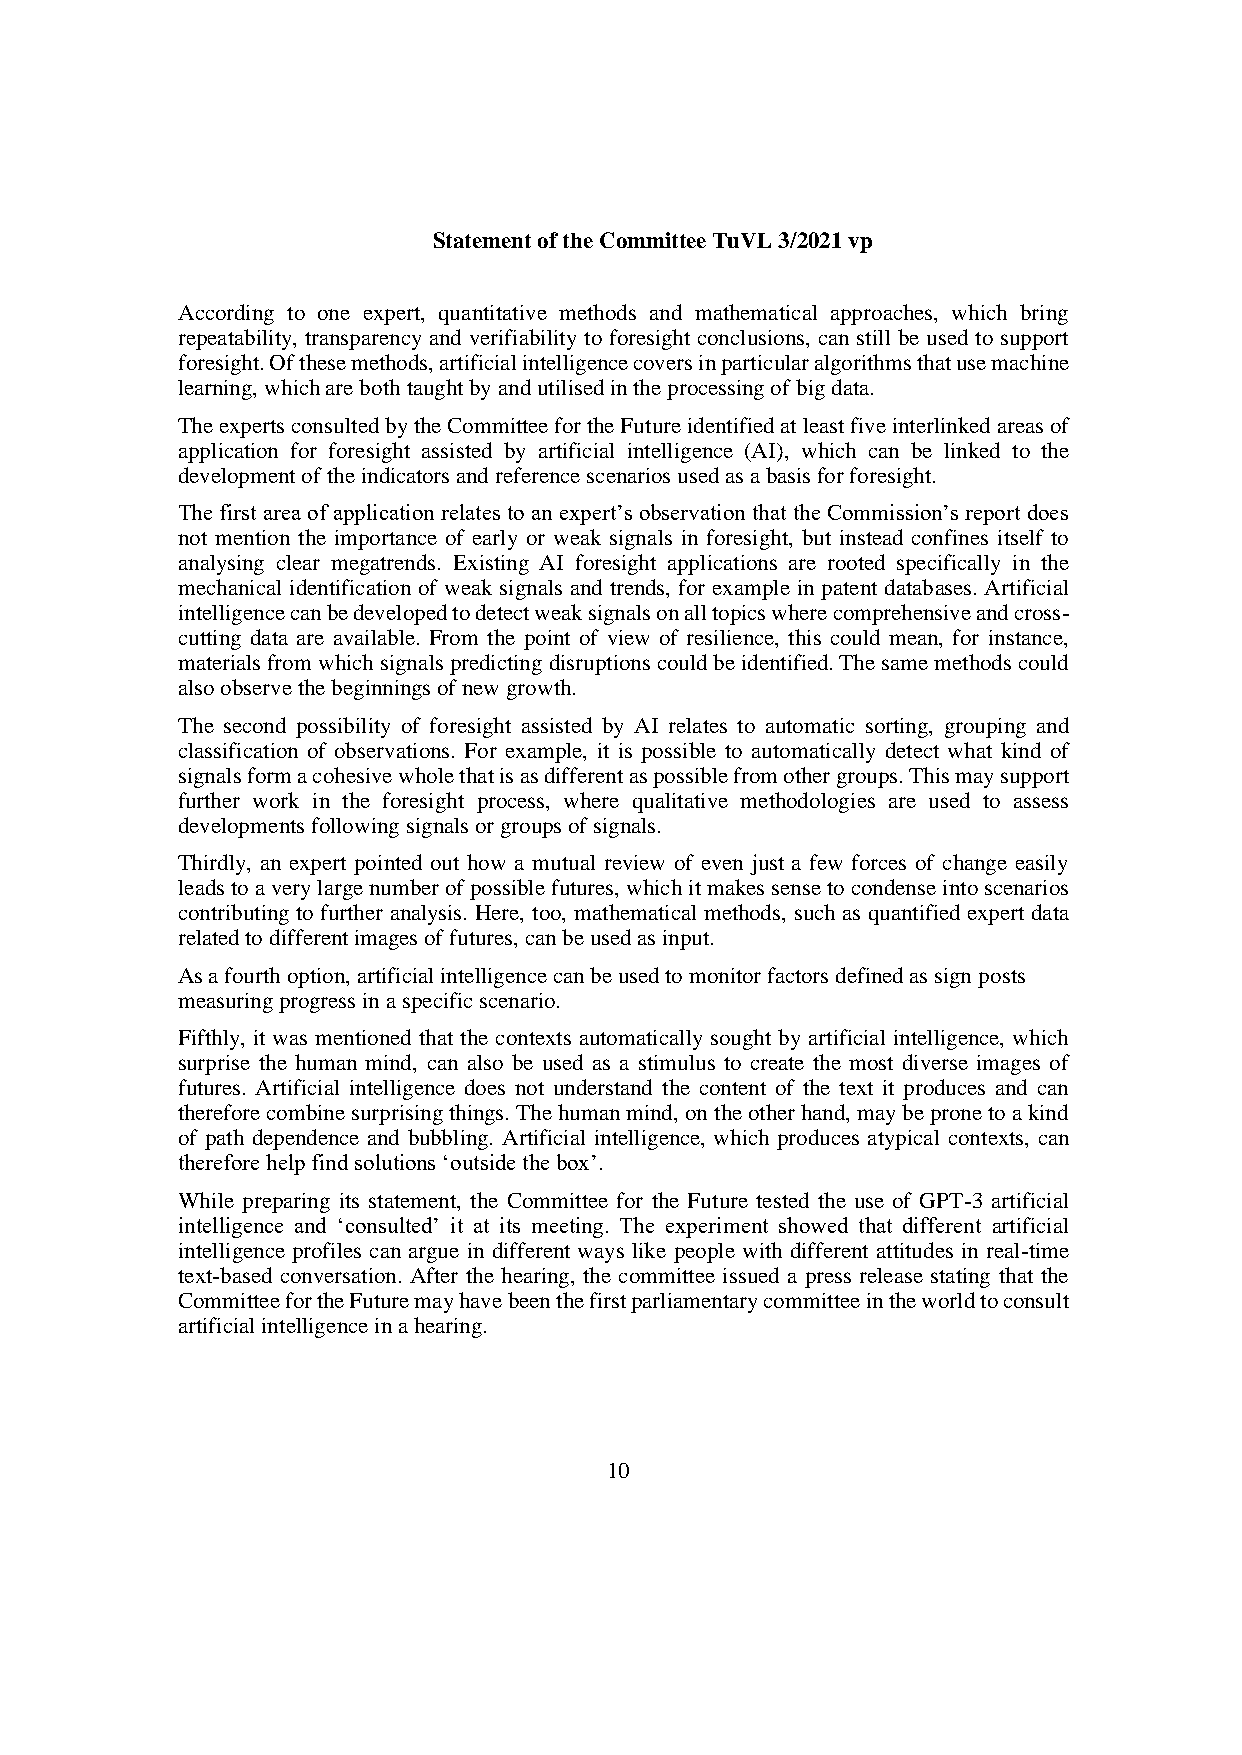
Statement of the Committee TuVL 3/2021 vp
 According to one expert, quantitative methods and mathematical approaches, which bring
 repeatability, transparency and verifiability to foresight conclusions, can still be used to support
 foresight. Of these methods, artificial intelligence covers in particular algorithms that use machine
 learning, which are both taught by and utilised in the processing of big data.
 The experts consulted by the Committee for the Future identified at least five interlinked areas of
 application for foresight assisted by artificial intelligence (AI), which can be linked to the
 development of the indicators and reference scenarios used as a basis for foresight.
 The first area of application relates to an expert’s observation that the Commission’s report does
 not mention the importance of early or weak signals in foresight, but instead confines itself to
 analysing clear megatrends. Existing AI foresight applications are rooted specifically in the
 mechanical identification of weak signals and trends, for example in patent databases. Artificial
 intelligence can be developed to detect weak signals on all topics where comprehensive and cross-
 cutting data are available. From the point of view of resilience, this could mean, for instance,
 materials from which signals predicting disruptions could be identified. The same methods could
 also observe the beginnings of new growth.
 The second possibility of foresight assisted by AI relates to automatic sorting, grouping and
 classification of observations. For example, it is possible to automatically detect what kind of
 signals form a cohesive whole that is as different as possible from other groups. This may support
 further work in the foresight process, where qualitative methodologies are used to assess
 developments following signals or groups of signals.
 Thirdly, an expert pointed out how a mutual review of even just a few forces of change easily
 leads to a very large number of possible futures, which it makes sense to condense into scenarios
 contributing to further analysis. Here, too, mathematical methods, such as quantified expert data
 related to different images of futures, can be used as input.
 As a fourth option, artificial intelligence can be used to monitor factors defined as sign posts
 measuring progress in a specific scenario.
 Fifthly, it was mentioned that the contexts automatically sought by artificial intelligence, which
 surprise the human mind, can also be used as a stimulus to create the most diverse images of
 futures. Artificial intelligence does not understand the content of the text it produces and can
 therefore combine surprising things. The human mind, on the other hand, may be prone to a kind
 of path dependence and bubbling. Artificial intelligence, which produces atypical contexts, can
 therefore help find solutions ‘outside the box’.
 While preparing its statement, the Committee for the Future tested the use of GPT-3 artificial
 intelligence and ‘consulted’ it at its meeting. The experiment showed that different artificial
 intelligence profiles can argue in different ways like people with different attitudes in real-time
 text-based conversation. After the hearing, the committee issued a press release stating that the
 Committee for the Future may have been the first parliamentary committee in the world to consult
 artificial intelligence in a hearing.
 10